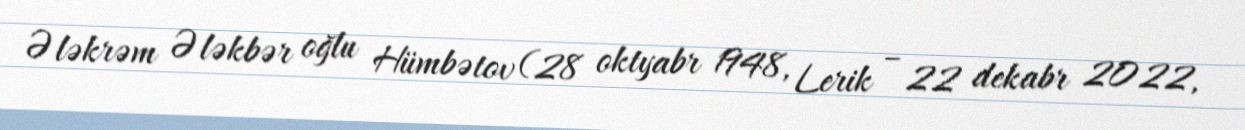
Ələkrəm Ələkbər oğlu Hümbətov (28 oktyabr 1948, Lerik – 22 dekabr 2022,